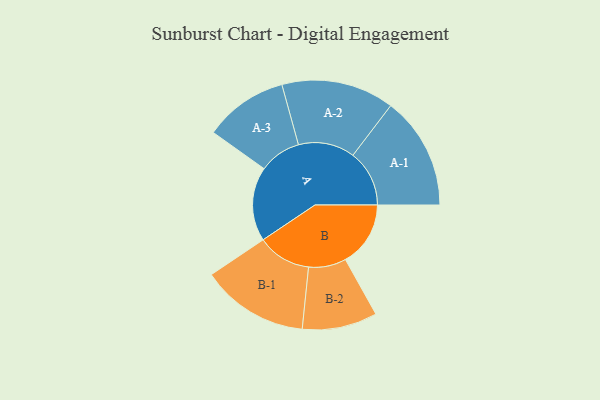
{"axis": {"x": "Segment", "y": "Value"}, "legend": ["", "A", "B"], "data": [{"x": "A", "y": 342, "type": ""}, {"x": "B", "y": 300, "type": ""}, {"x": "A-1", "y": 260, "type": "A"}, {"x": "A-2", "y": 260, "type": "A"}, {"x": "A-3", "y": 193, "type": "A"}, {"x": "B-1", "y": 248, "type": "B"}, {"x": "B-2", "y": 173, "type": "B"}]}